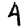
Digit: 4